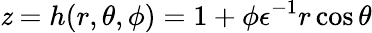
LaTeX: \mathit{z}=h(r,\theta,\phi)=1+\phi\epsilon^{-1}r\cos\theta